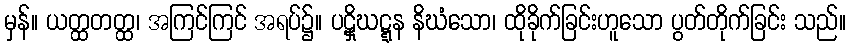
မှန်။ ယတ္ထတတ္ထ၊ အကြင်ကြင် အရပ်၌။ ပဋှိဃဋ္ဋန နိဃံသော၊ ထိုခိုက်ခြင်းဟူသော ပွတ်တိုက်ခြင်း သည်။